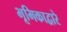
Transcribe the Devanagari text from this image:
भूमिकाद्वारे